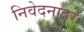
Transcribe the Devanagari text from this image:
निवेदनावर